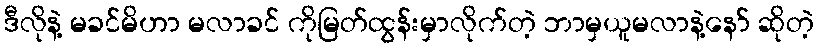
ဒီလိုနဲ့ မခင်မိဟာ မလာခင် ကိုမြတ်ထွန်းမှာလိုက်တဲ့ ဘာမှယူမလာနဲ့နော် ဆိုတဲ့